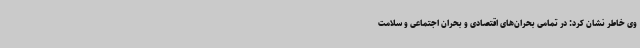
وی خاطر نشان کرد: در تمامی بحران‌های اقتصادی و بحران اجتماعی و سلامت